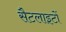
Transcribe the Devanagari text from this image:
सैटलाइटों